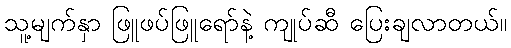
သူ့မျက်နှာ ဖြူဖပ်ဖြူရော်နဲ့ ကျုပ်ဆီ ပြေးချလာတယ်။